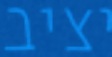
יציב